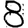
Digit: 8